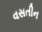
વસતીન